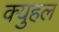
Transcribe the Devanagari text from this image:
क्युहल